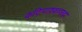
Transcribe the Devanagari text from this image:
कटिपाश्व्रच्छदा